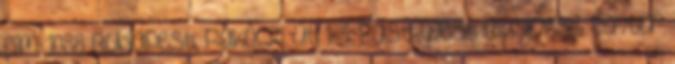
Cím: 1088 Budapest, Rákóczi út 1-3. East-West Business Center